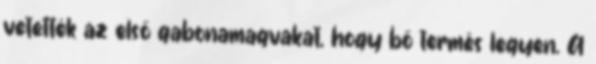
vetették az első gabonamagvakat, hogy bő termés legyen. A